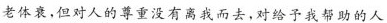
老体衰，但对人的尊重没有离我而去，对给予我帮助的人